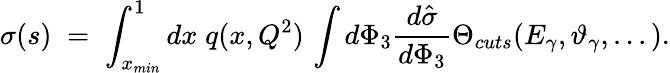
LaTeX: \sigma(s)\; =\; \int_{x_{min}}^{1}dx\; q(x,Q^{2})\, \int d\Phi_{3}\frac{d\hat{\sigma}}{d\Phi_{3}}\Theta_{cuts}(E_{\gamma},\vartheta_{\gamma},...).